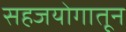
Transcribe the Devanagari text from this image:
सहजयोगातून